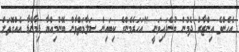
އެހެންވެ އިންޒާރު ދެމުން ބުނެފައިވަނީ "އަހަރެމެންގެ ކިބައިން ސަލާމަތްވާން ބޭނުމިއްޔާ ޑިމާންޑާ އެއްގޮތަށް